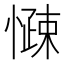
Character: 𱟑